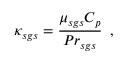
\kappa _ { s g s } = \frac { \mu _ { s g s } C _ { p } } { { P r } _ { s g s } } \, \mathrm { ~ , ~ }